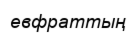
евфраттың